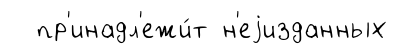
пр'инадл'ежи́т н'еjизданных